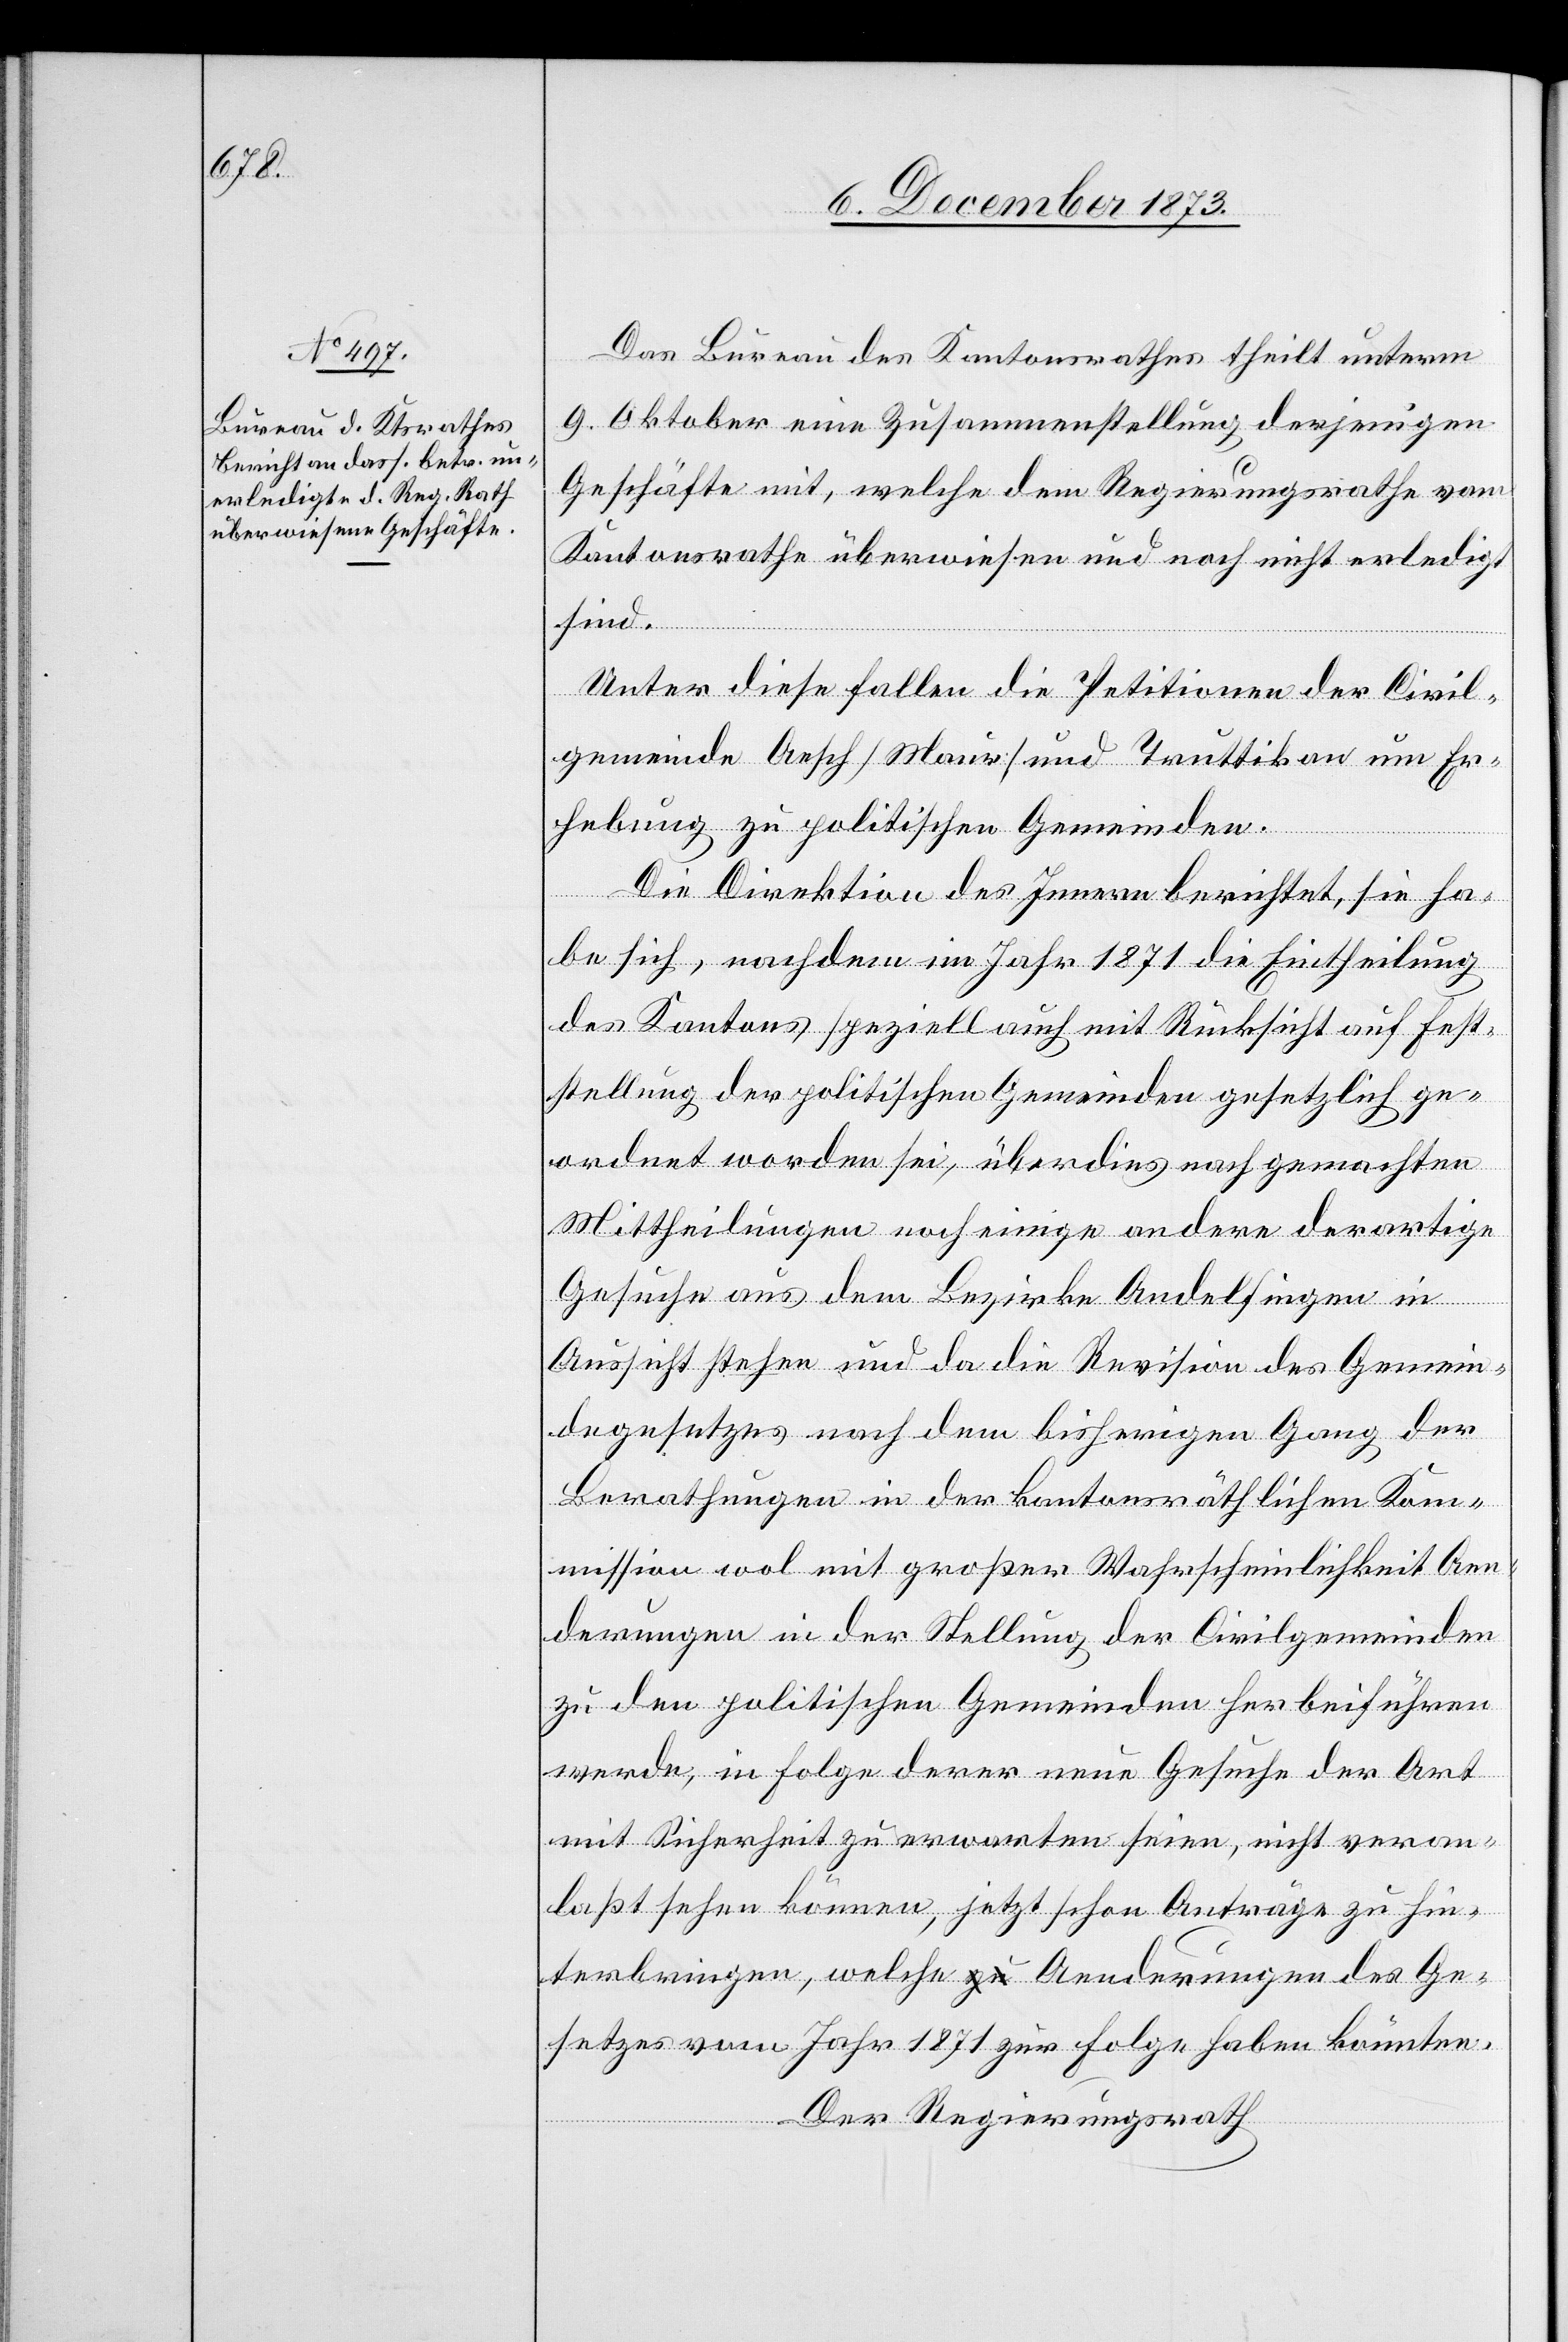
Das Bureau des Kantonsrathes theilt unterm
9. Oktober eine Zusammenstellung derjenigen
Geschäfte mit, welche dem Regierungsrathe vom
Kantonsrathe überwiesen und noch nicht erledigt
sind.
Unter diese fallen die Petitionen der Civil¬
gemeinde Aesch [Maur] und Truttikon um Er¬
hebung zu politischen Gemeinden.
Die Direktion des Innern berichtet, sie ha¬
be sich, nachdem im Jahr 1871 die Eintheilung
des Kantons speziell auch mit Rücksicht auf Fest¬
stellung der politischen Gemeinden gesetzlich ge¬
ordnet worden sei, überdies nach gemachten
Mittheilungen noch einige andere derartige
Gesuche aus dem Bezirke Andelfingen in
Aussicht stehen und da die Revision des Gemein¬
degesetzes nach dem bisherigen Gang der
Berathungen in der kantonsräthlichen Kom¬
mission wol mit großer Wahrscheinlichkeit Aen¬
derungen in der Stellung der Civilgemeinden
zu den politischen Gemeinden herbeiführen
werde, in Folge derer neue Gesuche der Art
mit Sicherheit zu erwarten seien, nicht veran¬
laßt sehen können, jetzt schon Anträge zu hin¬
terbringen, welche Aenderungen des Ge¬
setzes vom Jahr 1871 zur Folge haben könnten.
Der Regierungsrath